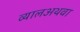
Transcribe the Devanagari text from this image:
व्यालअथवा